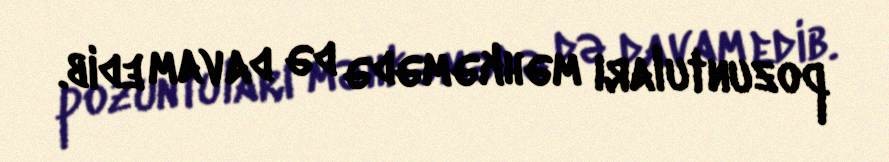
pozuntuları məhkəmədə də davam edib.